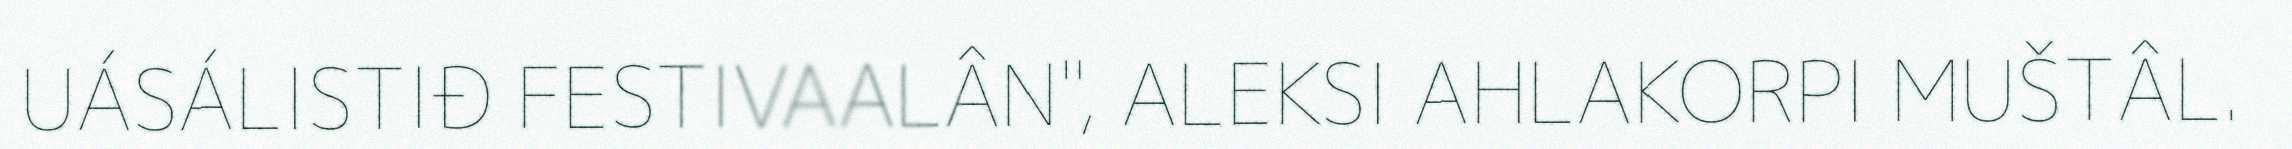
UÁSÁLISTIĐ FESTIVAALÂN", ALEKSI AHLAKORPI MUŠTÂL.